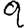
Digit: 9